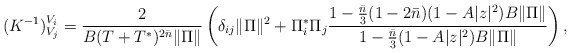
\begin{align*}(K^{-1})^{V_i}_{V_j} = \frac{2}{B(T+T^*)^{2\bar{n}}\|\Pi\|} \left(\delta_{ij}\|\Pi\|^2 + \Pi^*_i\Pi_j \frac{1-\frac{\bar{n}}{3}(1-2\bar{n})(1-A|z|^2)B\|\Pi\|} {1-\frac{\bar{n}}{3}(1-A|z|^2)B\|\Pi\|} \right),\end{align*}